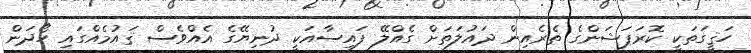
ހަޤީީގަތަކީ ކޮރަޕަޝަންގެ ތެރެއިން ދައުލަތަށް ގެއްލޭ ފައިސާއަކީ ދުނިޔޭގެ އެއްވެސް ޤަައުމެއްގައި ހޯދަން